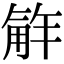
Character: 𮗮